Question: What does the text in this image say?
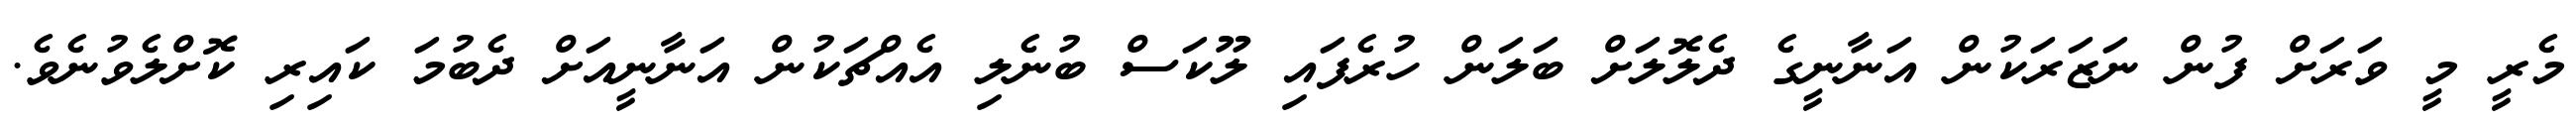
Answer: މެރީ މީ ވަރަށް ފުން ނަޒަރަކުން އަނާނީގެ ދެލޮލަށް ބަލަން ހުރެފައި ލޫކަސް ބުނެލި އެއްޗަކުން އަނާނީއަށް ދެބުމަ ކައިރި ކޮށްލެވުނެވެ.